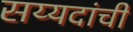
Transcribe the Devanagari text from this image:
सय्यदांची